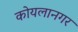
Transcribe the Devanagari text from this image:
कोयलानगर